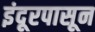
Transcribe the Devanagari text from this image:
इंदूरपासून